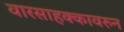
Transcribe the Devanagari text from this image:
वारसाहक्कावरुन